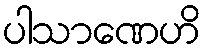
ပါသာဏေဟိ